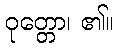
ဝုတ္တော၊ ၏။